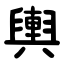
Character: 輿